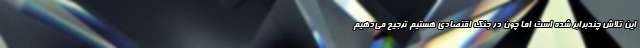
این تلاش چندبرابر شده است اما چون در جنگ اقتصادی هستیم ترجیح می‌دهیم